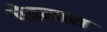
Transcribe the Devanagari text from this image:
घेतत्यास